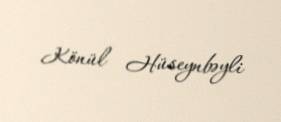
Könül Hüseynbəyli